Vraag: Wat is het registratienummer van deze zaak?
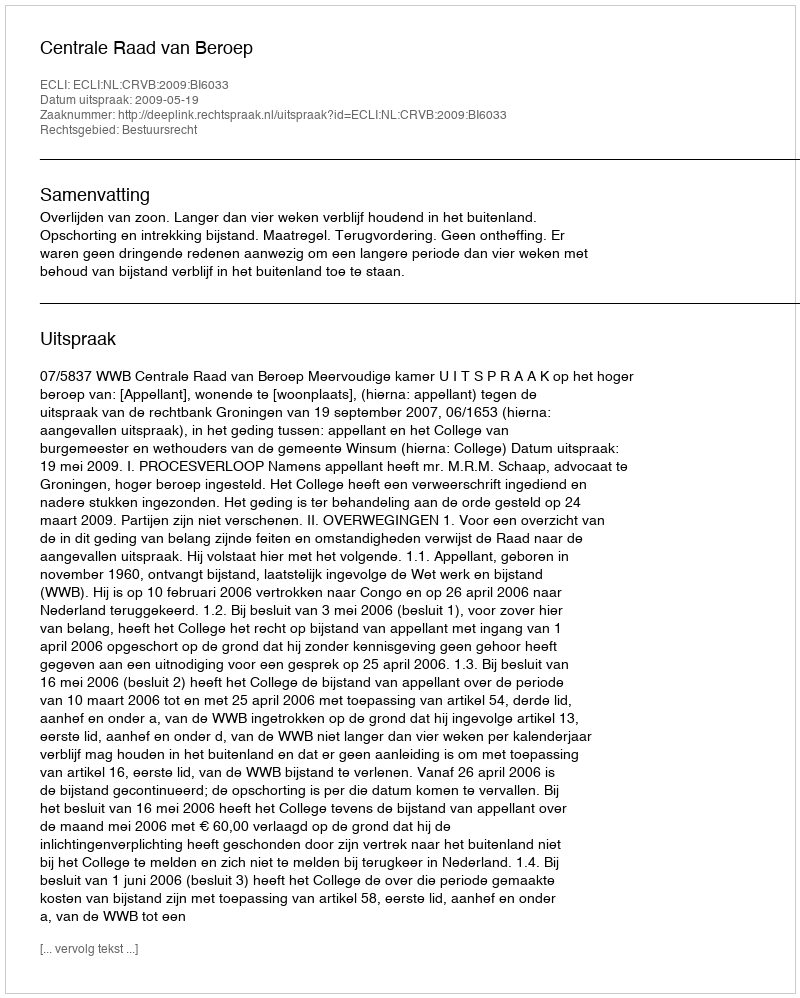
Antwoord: http://deeplink.rechtspraak.nl/uitspraak?id=ECLI:NL:CRVB:2009:BI6033